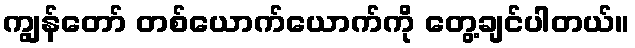
ကျွန်တော် တစ်ယောက်ယောက်ကို တွေ့ချင်ပါတယ်။